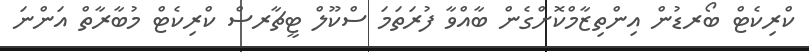
ކްރިކެޓް ބޯރޑުން އިންތިޒާމްކޮށްގެން ބާއްވާ ފުރަތަމަ ސްކޫލް ޓީޗާރސް ކްރިކެޓް މުބާރާތް އަންނަ